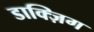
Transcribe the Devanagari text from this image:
डाक्ज़िग